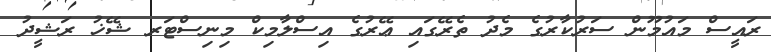
ރައީސް މައުމޫން ސަރުކާރުގެ މެދު ތެރޭގައި ޢޭރުގެ އިސްލާމިކް މިނިސްޓަރ ޝޭޚު ރަޝީދު